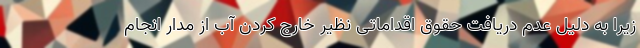
زیرا به دلیل عدم دریافت حقوق اقداماتی نظیر خارج کردن آب از مدار انجام